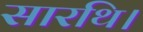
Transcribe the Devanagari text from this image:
सारथि।